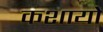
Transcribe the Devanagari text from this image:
कशायों